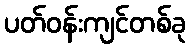
ပတ်ဝန်းကျင်တစ်ခု